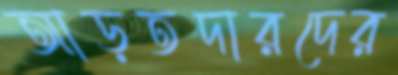
আড়তদারদের